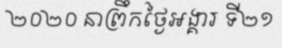
២០២០ នាព្រឹកថ្ងៃអង្គារ ទី២១